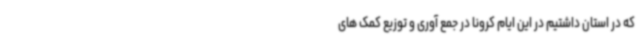
که در استان داشتیم در این ایام کرونا در جمع آوری و توزیع کمک های